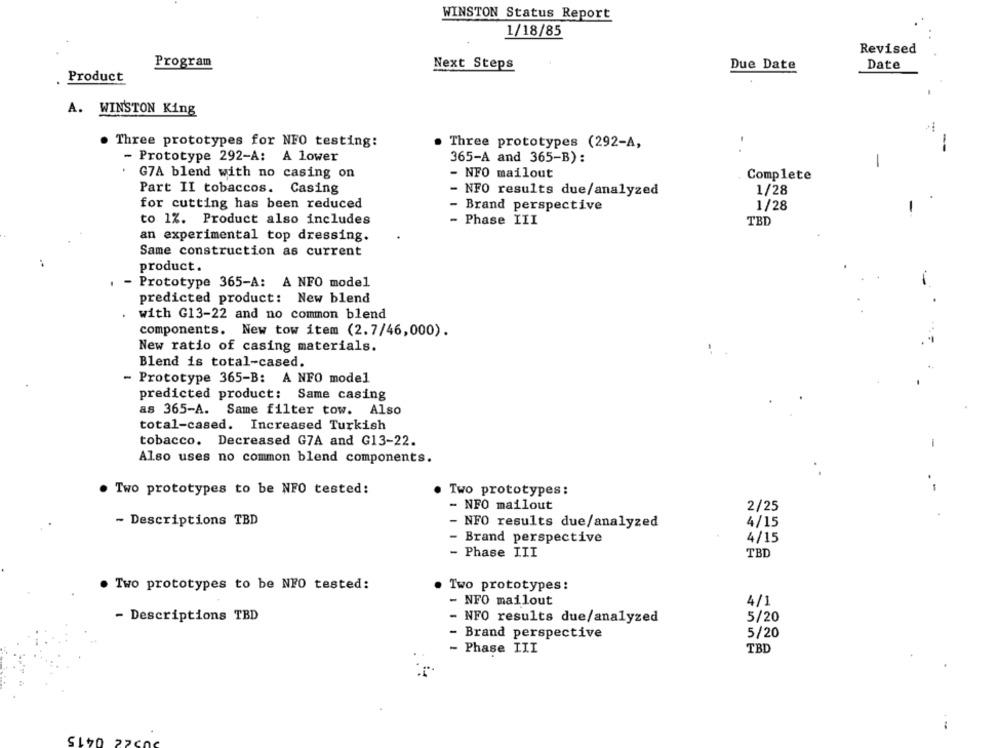
WINSTON Status Report
1/18/85
Revised
Program
Next Steps
Due Date
Date
Product
A. WINSTON King
Three prototypes for NFO testing:
. Three prototypes (292-A,
- Prototype 292-A: A lower
365-A and 365-B):
-
- NFO mailout
G7A blend with no casing on
Complete
Part II tobaccos. Casing
NFO results due/analyzed
1/28
for cutting has been reduced
Brand perspective
1/28
to 1%. Product also includes
- Phase III
TBD
an experimental top dressing.
Same construction as current
product.
- Prototype 365-A: A NFO model
--
predicted product: New blend
with G13-22 and no common blend
components. New tow item (2.7/46,000).
New ratio of casing materials.
Blend is total-cased.
- Prototype 365-B: A NFO model
predicted product: Same casing
as 365-A. Same filter tow. Also
total-cased. Increased Turkish
tobacco. Decreased G7A and G13-22.
Also uses no common blend components.
Two prototypes to be NFO tested:
Two prototypes:
- NFO mailout
2/25
- Descriptions TBD
- NFO results due/analyzed
4/15
- Brand perspective
4/15
- Phase III
TBD
. Two prototypes to be NFO tested:
.Two prototypes:
- NFO mailout
4/1
- Descriptions TBD
- NFO results due/analyzed
5/20
- Brand perspective
5/20
- Phase III
TBD
0415